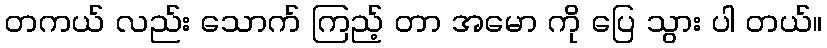
တကယ် လည်း သောက် ကြည့် တာ အမော ကို ပြေ သွား ပါ တယ်။